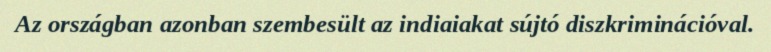
Az országban azonban szembesült az indiaiakat sújtó diszkriminációval.